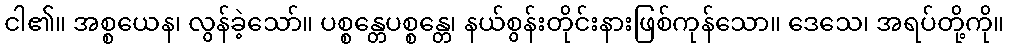
ငါ၏။ အစ္စယေန၊ လွန်ခဲ့သော်။ ပစ္စန္တေပစ္စန္တေ၊ နယ်စွန်းတိုင်းနားဖြစ်ကုန်သော။ ဒေသေ၊ အရပ်တို့ကို။